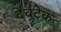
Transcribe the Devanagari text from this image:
देवटेक